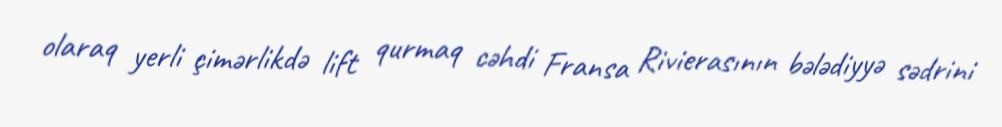
olaraq yerli çimərlikdə lift qurmaq cəhdi Fransa Rivierasının bələdiyyə sədrini